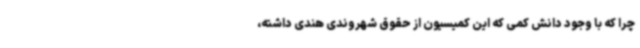
چرا که با وجود دانش کمی که این کمیسیون از حقوق شهروندی هندی داشته،